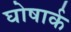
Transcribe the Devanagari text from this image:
घोषार्क